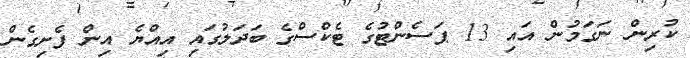
ކުރިން ނަގަމުން އައި 13 ޕަސެންޓުގެ ޓެކްސްގެ ބަދަލުގައި އިއްޔެ އިން ފެށިގެން